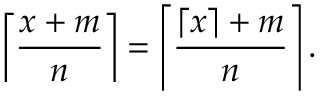
\left\lceil { \frac { x + m } { n } } \right\rceil = \left\lceil { \frac { \lceil x \rceil + m } { n } } \right\rceil .